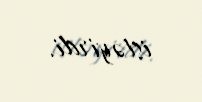
istəyirdi.